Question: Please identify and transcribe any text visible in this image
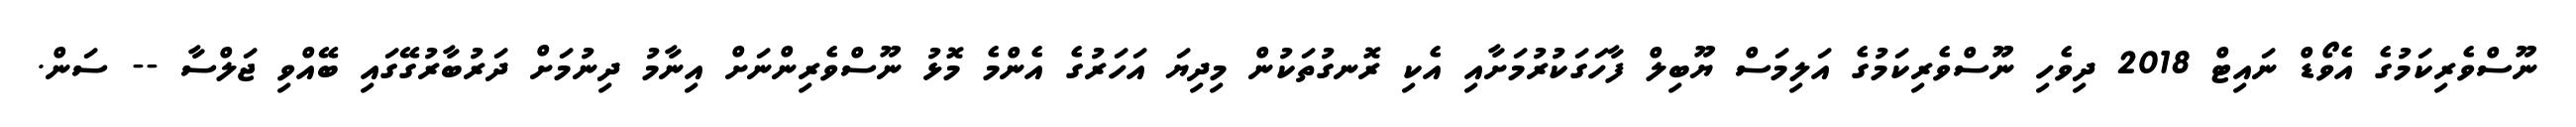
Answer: ނޫސްވެރިކަމުގެ އެވޯޑް ނައިޓް 2018 ދިވެހި ނޫސްވެރިކަމުގެ އަލިމަސް ޔޫބިލް ފާހަގަކުރުމަށާއި އެކި ރޮނގުތަކުން މިދިޔަ އަހަރުގެ އެންމެ މޮޅު ނޫސްވެރިންނަށް އިނާމު ދިނުމަށް ދަރުބާރުގޭގައި ބޭއްވި ޖަލްސާ -- ސަން.